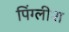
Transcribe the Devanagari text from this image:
पिंग्लीश